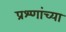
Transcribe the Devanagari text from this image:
प्रश्णांच्या